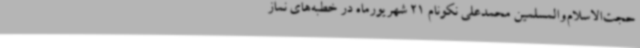
حجت‌الاسلام‌والمسلمین محمدعلی نکونام 21 شهریورماه در خطبه‌های نماز